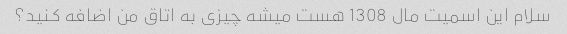
سلام این اسمیت مال 1308 هست میشه چیزی به اتاق من اضافه کنید؟